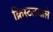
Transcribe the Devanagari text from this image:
क्रिस्टलवाले